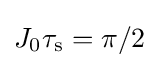
J_{0}\tau _{\rm {s}}=\pi /2